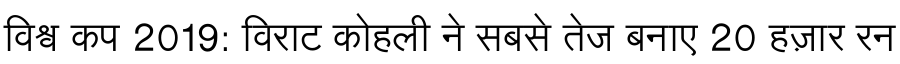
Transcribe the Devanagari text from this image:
विश्व कप 2019: विराट कोहली ने सबसे तेज बनाए 20 हज़ार रन